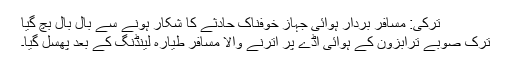
ترکی: مسافر بردار ہوائی جہاز خوفناک حادثے کا شکار ہونے سے بال بال بچ گیا
ترک صوبے ترابزون کے ہوائی اڈے پر اترنے والا مسافر طیارہ لینڈنگ کے بعد پھسل گیا۔